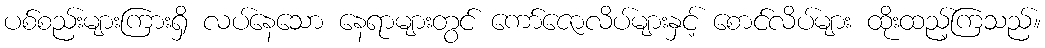
ပစ်စည်းများကြားရှိ လပ်နေသော နေရာများတွင် ကော်ဇောလိပ်များနှင့် စောင်လိပ်များ ထိုးထည့်ကြသည်။